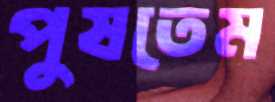
পুষতেম